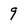
Character: 9